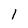
Character: 1